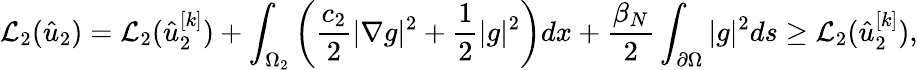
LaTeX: \mathcal{L}_{2}(\hat{u}_{2})=\mathcal{L}_{2}(\hat{u}_{2}^{[k]})+\int_{\Omega_{2}}\left(\frac{c_{2}}{2}|\nabla g|^{2}+\frac 12|g|^{2}\right)dx+\frac{\beta_{N}}{2}\int_{\partial\Omega}|g|^{2}ds\geq\mathcal{L}_{2}(\hat{u}_{2}^{[k]}),